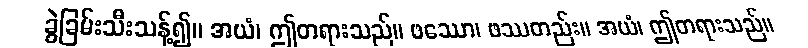
ခွဲခြမ်းသီးသန့်၍။ အယံ၊ ဤတရားသည်။ ဖဿော၊ ဖဿတည်း။ အယံ၊ ဤတရားသည်။